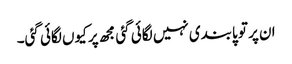
ان پر تو پابندی نہیں لگائی گئی مجھ پر کیوں لگائی گئی۔